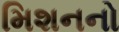
મિશનનો